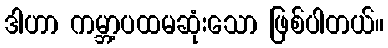
ဒါဟာ ကမ္ဘာ့ပထမဆုံးသော ဖြစ်ပါတယ်။